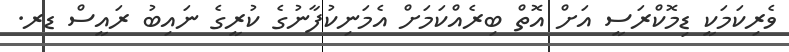
ވެރިކަމަކީ ޑިމޮކްރަސީ އަށް އޮތް ބިރެއްކަމަށް އެމަނިކުފާނުގެ ކުރީގެ ނައިބު ރައީސް ޑރ.